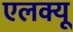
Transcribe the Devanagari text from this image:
एलक्यू